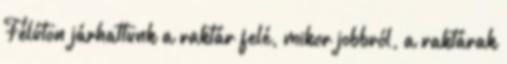
Félúton járhattunk a raktár felé, mikor jobbról, a raktárak